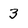
Character: 3